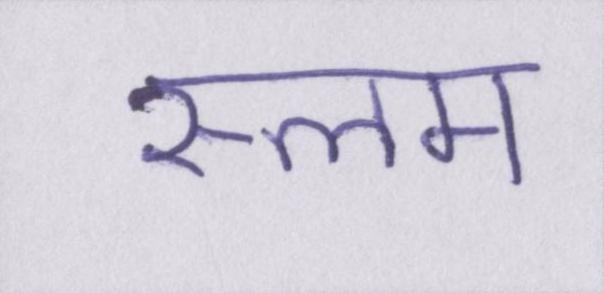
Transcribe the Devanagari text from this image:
स्लम